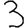
Digit: 3